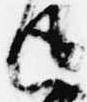
返